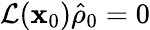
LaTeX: \mathcal{L}({\mathbf x_{0}})\hat{\rho}_{0}=0